Bulletin of the Pasteur Institute of Southern India, Coonoor - No. 1.
Year: 1908
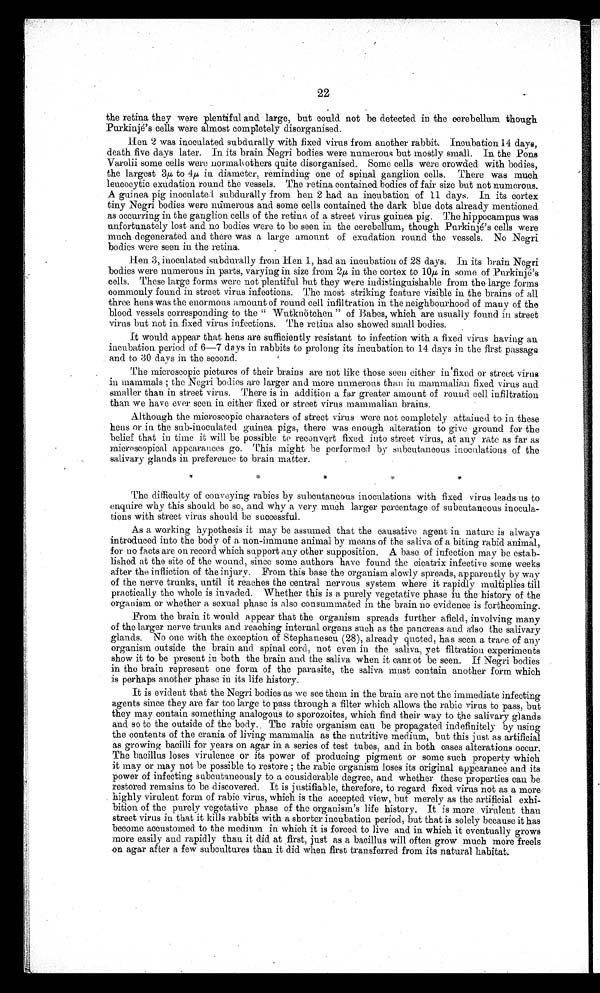
22
the retina they were plentiful and large, but could not be detected in the cerebellum though
Purkinje's cells were almost completely disorganised.
Hen 2 was inoculated subdurally with fixed virus from another rabbit. Incubation 14 days,
death five days later. In its brain Negri bodies were numerous but mostly small. In the Pons
Varolii some cells were normal ' others quite disorganised. Some cells were crowded with bodies,
the largest 3µ to 4µ in diameter, reminding one of spinal ganglion cells. There was much
leucocytic exudation round the vessels. The retina contained bodies of fair size but not numerous.
A guinea pig inoculated subdurally from hen 2 had an incubation of 11 days. In its cortex
tiny Negri bodies were mimerous and some cells contained the dark blue dots already mentioned
as occurring in the ganglion cells of the retina of a street virus guinea pig. The hippocampus was
unfortunately lost and no bodies were to be seen in the cerebellum, though Purkinje's cells were
much degenerated and there was a large amount of exudation round the vessels. No Negri
bodies were seen in the retina.
lien 3, inoculated subdurally from lien 1, had an incubation of 28 days. In its brain Negri
bodies were numerous in parts, varying in size from. 2µ in the cortex to 10µ in some of Purkinje's
cells. These large forms were not plentiful but they were indi stinguishable from the large forms
commonly found in street virus infections. The, most striking feature visible in the brains of all
three hens was the enormous amount of round cell infiltration in the neighbourhood of many of the
blood vessels corresponding to the " Wutknotchen of Babes, which are usually found in street
virus but not in. fixed virus infections. The retina also showed small bodies.
It would appear that hens are sufficiently resistant to infection with a fixed virus having an
incubation period of 6-7 days in rabbits to prolong its incubation to 1.4 days in the first passage
and to 30 days in the second.
The microscopic pictures of their brains are not like those seen either in 'fixed. or street virus
in mammals ; the Negri bodies are larger and more numerous than in mammalian :fixed virus and.
smaller than in street virus. There is in addition a far greater amount of round cell infiltration
than we have ever seen in either fixed or street virus mammalian brains.
Although the microscopic characters of street virus were not completely attained to in these
hens or in the sub-inoculated guinea pigs, there was enough alteration to give ground for the
belief that in time it will be possible to reconvert fixed into street virus, at any rate as far as
microscopical appearances go. This might be performed by subcutaneous inoculatioas of the
.salivary glands in preference to brain matter.
The difficulty of conveying rabies by subcutaneous inoculations with fixed virus leads us to
enquire why this should be so, and why a very much larger percentage of subcutaneous inocula-
tions with street virus should be successful.
As a working hypothesis it may be assumed that the causative agent in nature is always
introduced into the body of a non-immune animal by means of the saliva, of a biting rabid animal,
for no facts are on record. which support any other supposition. A base of infection may be estab-
lished at the site of the wound, since some authors have found the cicatrix infective some weeks
after the infliction of the injury. From this base the organism slowly spreads, apparently by way
of the nerve trunks, until it reaches the central nervous system where it rapidly multiplies till
practically the whole is invaded. Whether this is a, purely vegetative phase iu the history of the
organism or whether a sexual phase is also consummated in the brain no evidence is forthcoming.
From the brain it would. appear that the organism spreads further afield, involving many
of the larger nerve trunks and reaching internal organs such as the pancreas and. also the salivary
glands. No one with the exception of Stephanescu (28), already quoted, has seen a trace of any
orgranism outside the brain and. spinal cord., not even in the saliva, yet filtration experiments
show it to be present in both the brain and the saliva when it cant of be seen. If Negri bodies
in the brain represent one form of the parasite, the saliva must contain another form which
is perhaps another phase in its life history.
It is evident that the Negri bodies as we see them in the brain are not the immediate infecting
agents since they are far too large to pass through a filter which allows the rabic virus to pass, but
they may contain something analogous to sporozoites, which find their way to the salivary glands
and so to the outside of the body.. The rabic organism can be propagated. indefinitely by using
the contents of the crania of. living mammalia as the nutritive medium, but this just as artificial
as growing bacilli for years on agar in a, series of test tubes, and in both cases alterations occur.
The bacillus loses virulence or its power of producing 'pigment or some such property which
it may or may not be possible to restore ; the rabic organism loses its original appearance and its
power of infecting subcutaneously to a considerable degree, and whether these properties can be
restored remains to be discovered. It is justifiable, therefore, to regard fixed virus not as a more
highly virulent form of rabic virus, which is the accepted view, but merely as the artificial exhi-
bition of the purely vegetative phase of the organism's life history. It is more virulent than
street virus in that it kills rabbits with a shorter incubation period., but that is solely because it has
become accustomed to the medium in which it is forced to live and in which it eventually grows
more easily and rapidly than it did at first, just as a bacillus will often grow much more freels
on agar after a few subcultures than it did when first transferred. from its natural habitat.